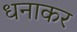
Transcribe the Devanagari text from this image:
धनाकर